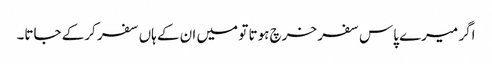
اگر میرے پاس سفر خرچ ہوتا تو میں ان کے ہاں سفر کرکے جاتا۔